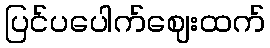
ပြင်ပပေါက်ဈေးထက်